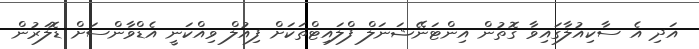
އަދި އެ ސާކިއުލާގައިވާ ގޮތުން އިންޓަނޭޝަނަލް ފްލައިޓްތަކަށް ފިއުލް ވިއްކަނީ އެޑްވާންސަށް ޑޮލަރުން